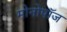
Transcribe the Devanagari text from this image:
मोनोपॉज